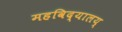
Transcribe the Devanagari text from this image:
महविद्यालय्